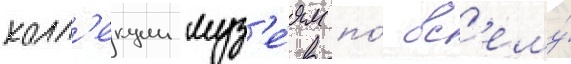
колл'екции муз'е́ям по́ вс'ему́